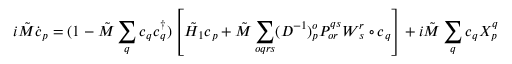
i \tilde { M } \dot { \boldsymbol { c } } _ { p } = ( 1 - \tilde { M } \sum _ { q } \boldsymbol { c } _ { q } \boldsymbol { c } _ { q } ^ { \dagger } ) \left[ \tilde { H } _ { 1 } \boldsymbol { c } _ { p } + \tilde { M } \sum _ { o q r s } ( D ^ { - 1 } ) _ { p } ^ { o } P _ { o r } ^ { q s } \boldsymbol { W } _ { s } ^ { r } \circ \boldsymbol { c } _ { q } \right] + i \tilde { M } \sum _ { q } \boldsymbol { c } _ { q } X _ { p } ^ { q }